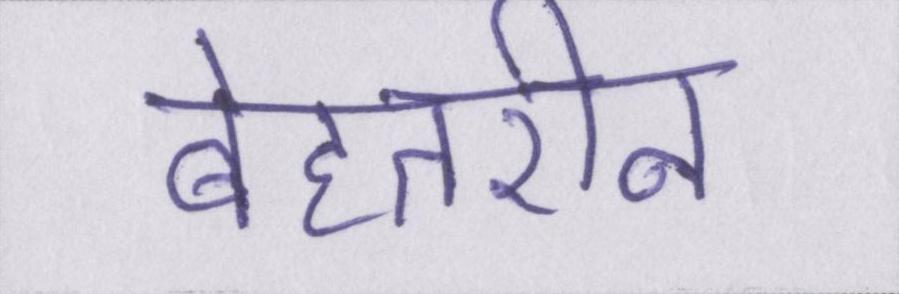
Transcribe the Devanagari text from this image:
बेहतरीन